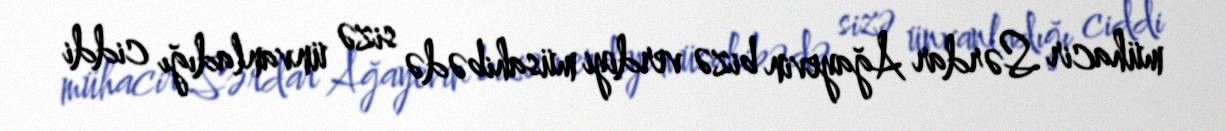
mühacir Sərdar Ağayevin bizə verdiyi müsahibədə sizə ünvanladığı ciddi